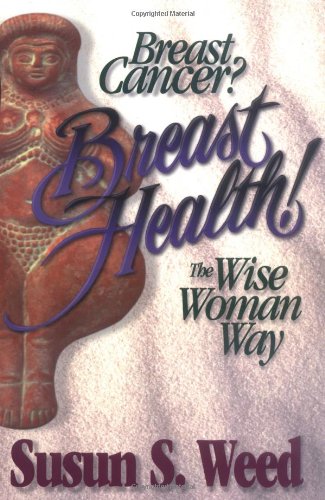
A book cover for Breast Cancer? Breast Health! The Wise Woman Way (Wise Woman Herbal Series); Susun S. Weed; Health, Fitness & Dieting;